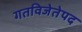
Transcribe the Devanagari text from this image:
गतविजेतेपद